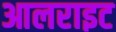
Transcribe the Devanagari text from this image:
आलराइट